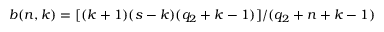
b ( n , k ) = [ ( k + 1 ) ( s - k ) ( q _ { 2 } + k - 1 ) ] / ( q _ { 2 } + n + k - 1 )